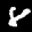
Label: 8